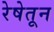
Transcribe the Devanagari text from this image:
रेषेतून